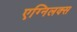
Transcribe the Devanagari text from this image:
एग्निलक्स